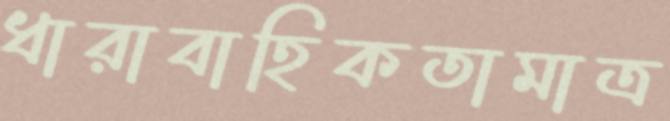
ধারাবাহিকতামাত্র